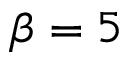
\beta = 5